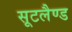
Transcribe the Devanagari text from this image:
सूटलैण्ड